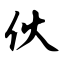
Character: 伙